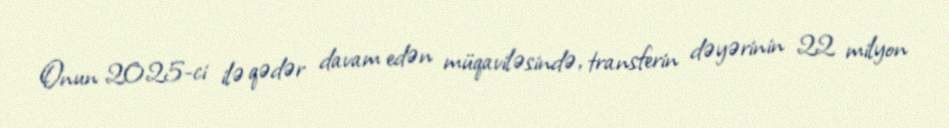
Onun 2025-ci ilə qədər davam edən müqaviləsində, transferin dəyərinin 22 milyon